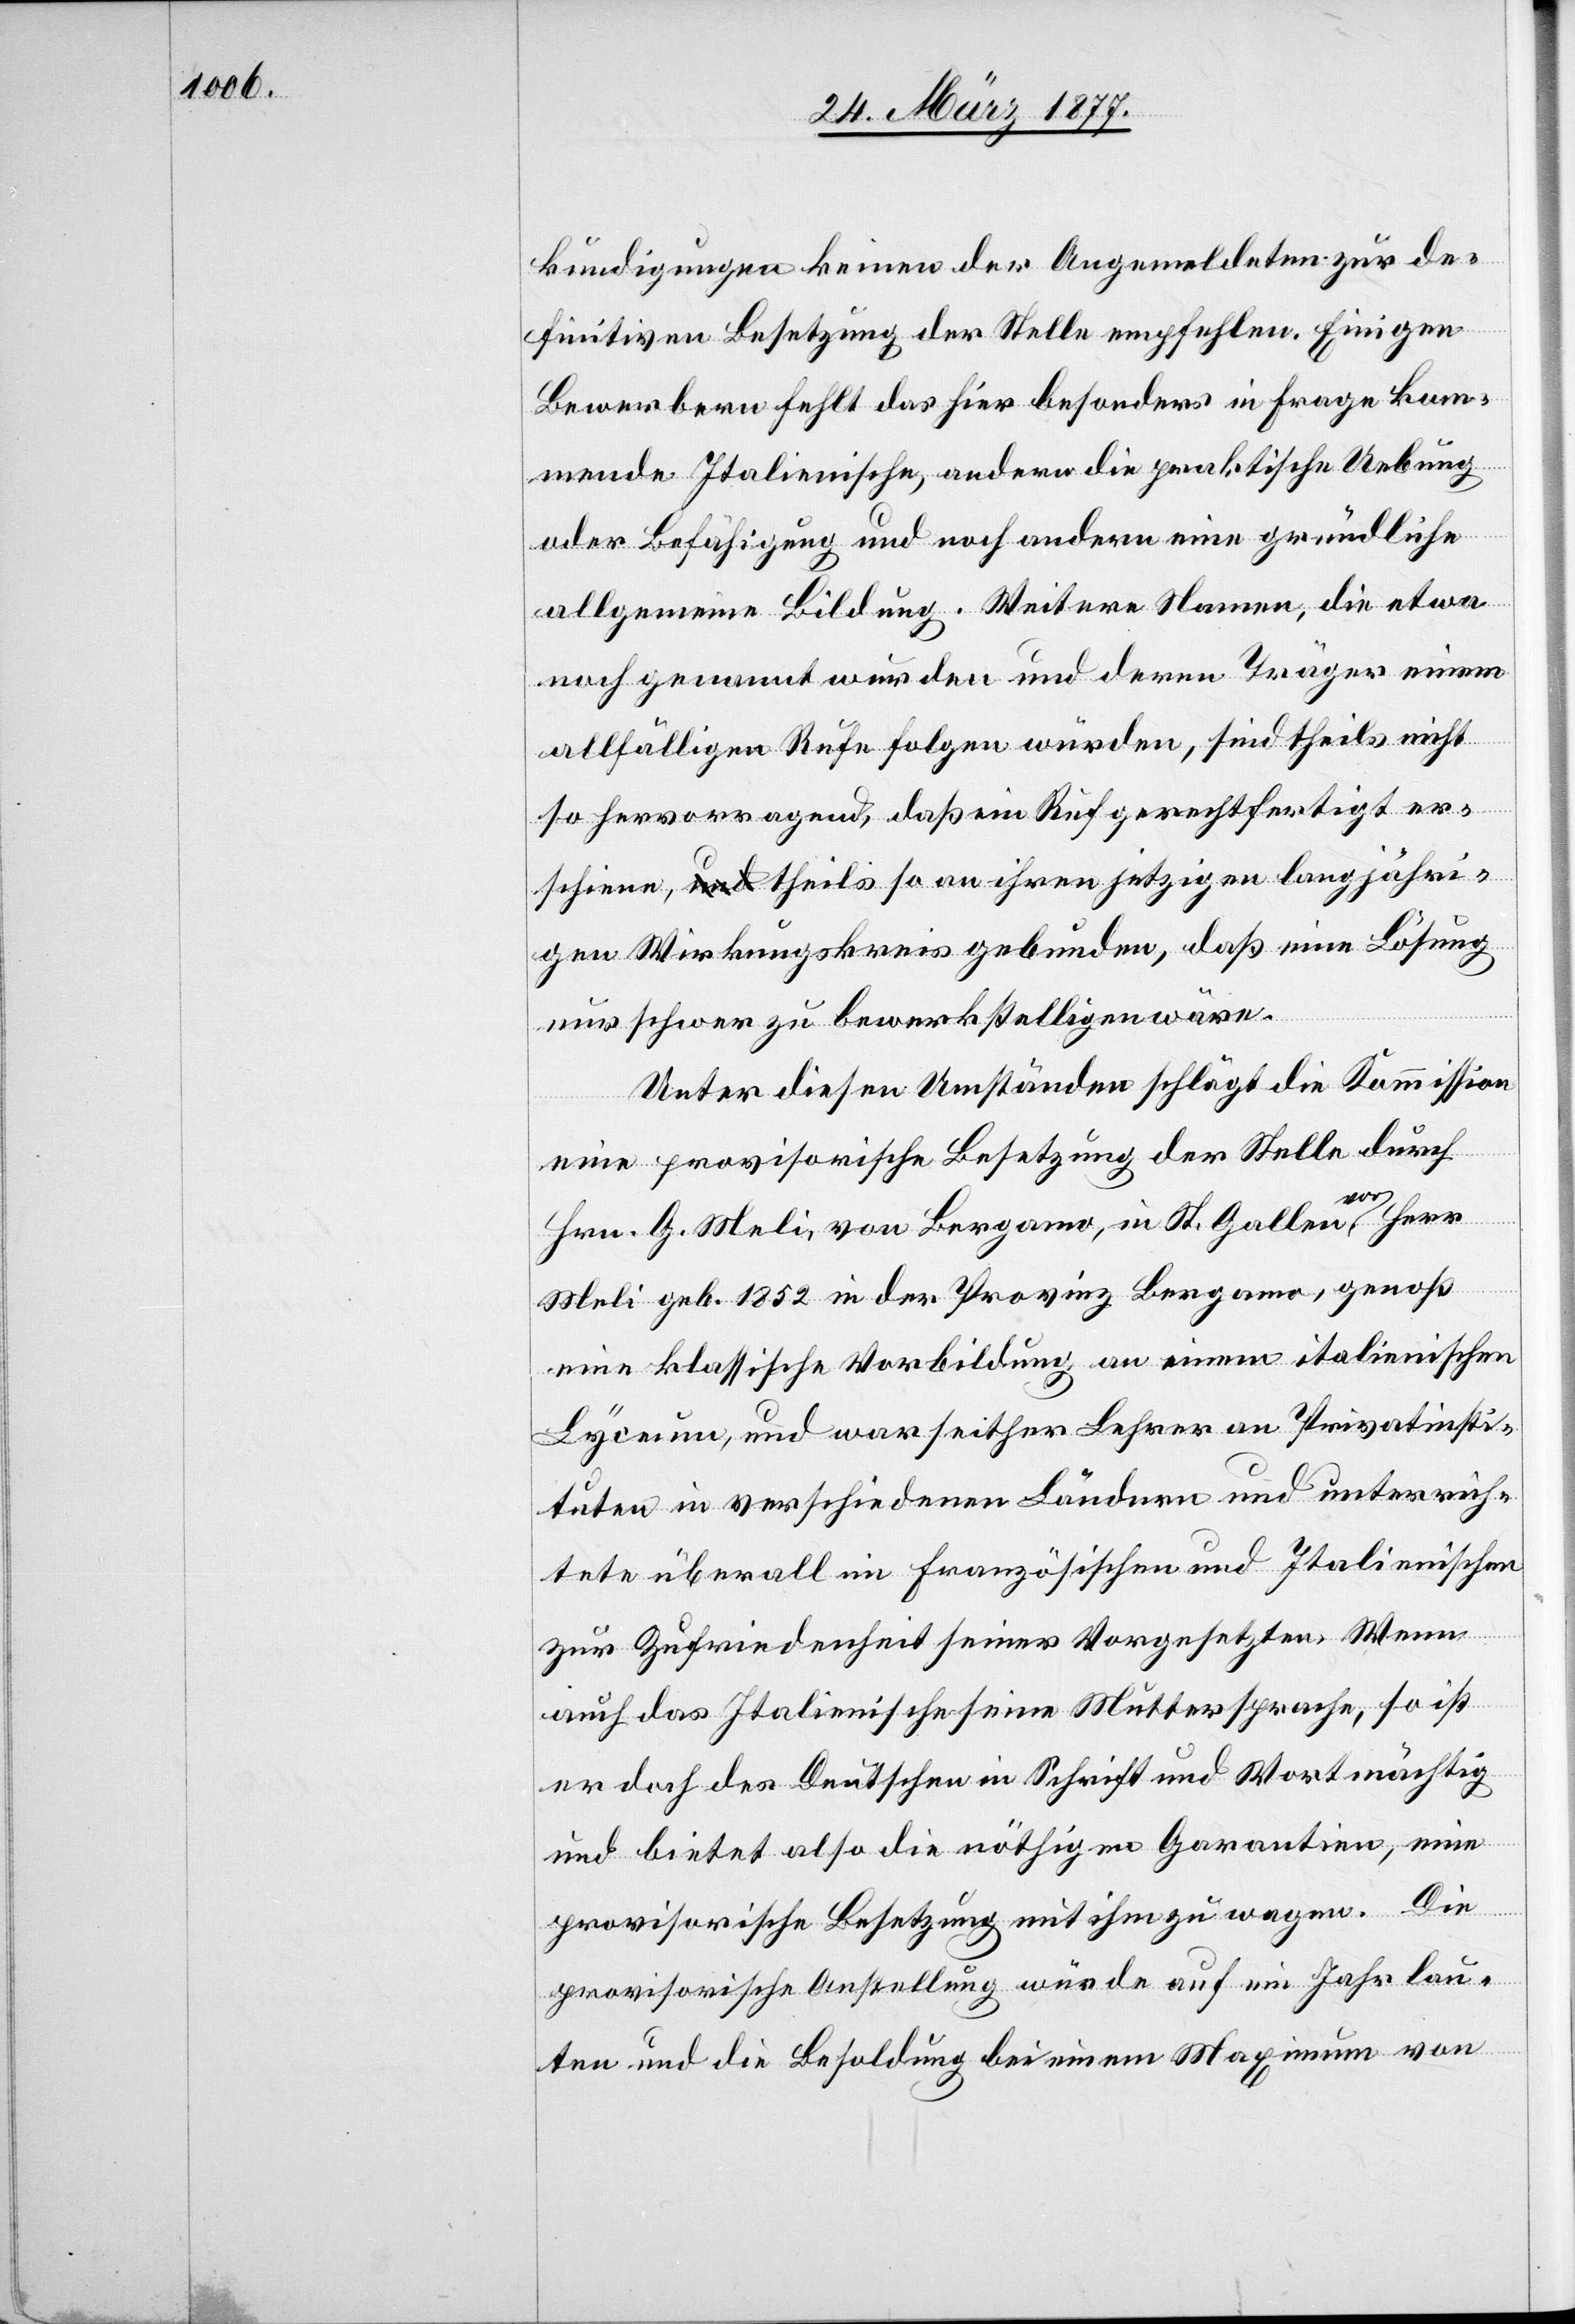
kundigungen keinen der Angemeldeten zur de¬
finitiven Besetzung der Stelle empfehlen. Einigen
Bewerbern fehlt das hier besonders in Frage kom¬
mende Italienische, andern die praktische Uebung
oder Befähigung und noch andern eine gründliche
allgemeine Bildung. Weitere Namen, die etwa
noch genannt wurden und deren Träger einem
allfälligen Rufe folgen würden, sind theils nicht
so hervorragend, daß ein Ruf gerechtfertigt er¬
schiene, theils so an ihren jetzigen langjähri¬
gen Wirkungskreis gebunden, daß eine Lösung
nur schwer zu bewerkstelligen wäre.
Unter diesen Umständen schlägt die Kommission
eine provisorische Besetzung der Stelle durch
Hrn. G. Meli, von Bergamo, in St. Gallen vor. Herr
Meli geb. 1852 in der Provinz Bergamo, genoß
eine klassische Vorbildung an einem italienischen
Lyceum, und war seither Lehrer an Privatinsti¬
tuten in verschiedenen Ländern und unterrich¬
tete überall im Französischen und Italienischen
zur Zufriedenheit seiner Vorgesetzten. Wenn
auch das Italienische seine Muttersprache, so ist
er doch des Deutschen in Schrift und Wort mächtig
und bietet also die nöthigen Garantien, eine
provisorische Besetzung mit ihm zu wagen. Die
provisorische Anstellung würde auf ein Jahr lau¬
ten und die Besoldung bei einem Maximum von